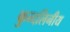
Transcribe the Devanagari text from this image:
कुन्दलिनीय